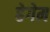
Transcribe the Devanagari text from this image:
हेगेम